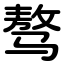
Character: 骜